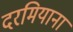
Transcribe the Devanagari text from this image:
दरमियाना